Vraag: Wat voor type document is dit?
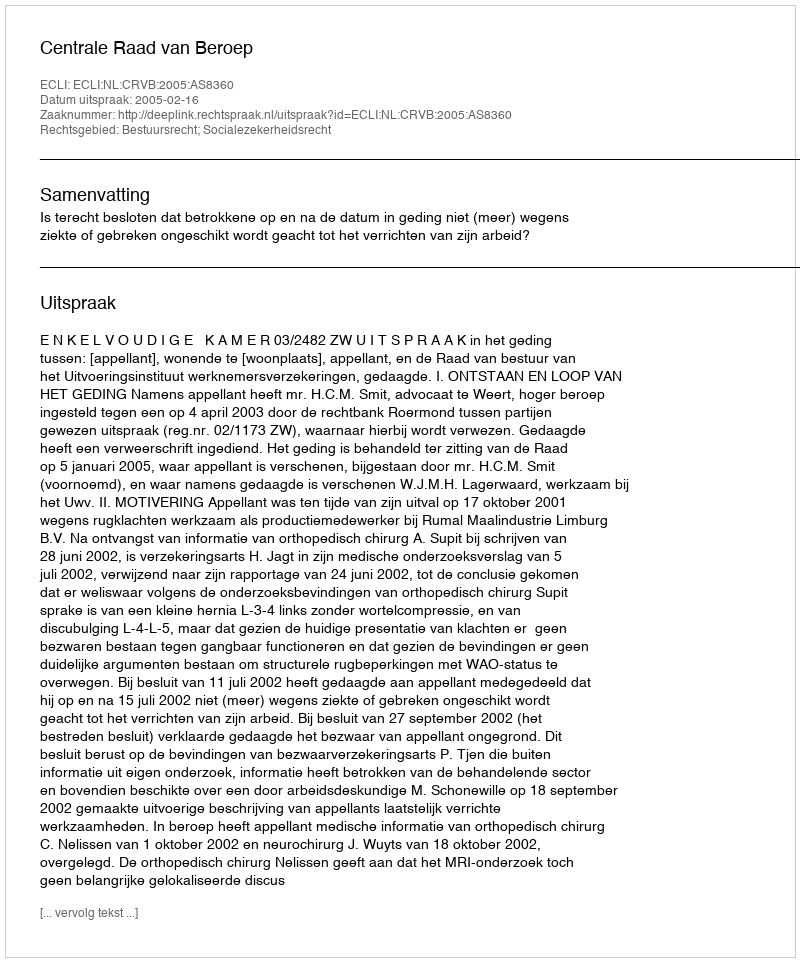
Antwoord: Uitspraak